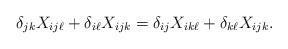
LaTeX: \begin{align*} \delta_{jk}X_{ij\ell} + \delta_{i\ell}X_{ijk} = \delta_{ij}X_{ik\ell} + \delta_{k\ell}X_{ijk}.\end{align*}